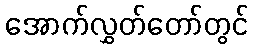
အောက်လွှတ်တော်တွင်